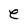
Character: e